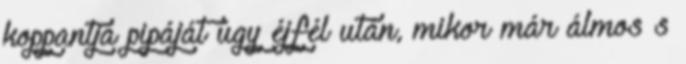
koppantja pipáját úgy éjfél után, mikor már álmos s